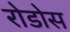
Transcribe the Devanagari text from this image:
रोडोस